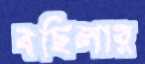
বছিলার